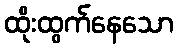
ထိုးထွက်နေသော